Problem: 25 + 6 = ?
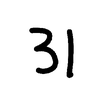
Handwritten answer: 31